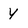
Character: Y